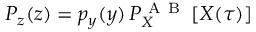
\begin{array} { r } { P _ { z } ( z ) = p _ { y } ( y ) \, P _ { X } ^ { \mathrm { ~ A ~ B ~ } } \left[ X ( \tau ) \right] } \end{array}